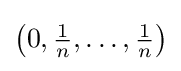
{\textstyle \left(0,{\frac {1}{n}},\dots ,{\frac {1}{n}}\right)}